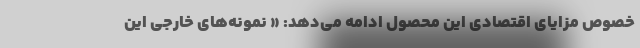
خصوص مزایای اقتصادی این محصول ادامه می‌دهد: « نمونه‌های خارجی این